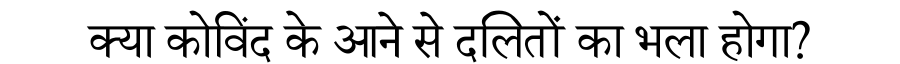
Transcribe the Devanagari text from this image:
क्या कोविंद के आने से दलितों का भला होगा?